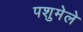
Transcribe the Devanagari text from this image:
पशुमेले